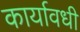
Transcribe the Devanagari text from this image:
कार्यावधी